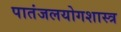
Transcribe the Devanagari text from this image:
पातंजलयोगशास्त्र